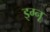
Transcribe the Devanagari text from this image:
इग्‍नू